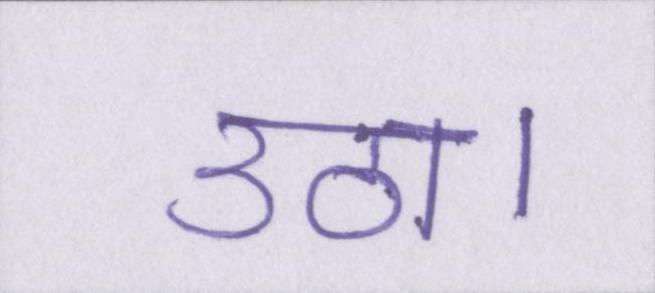
उठा।